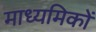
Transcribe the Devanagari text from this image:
माध्यमिकों